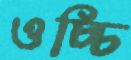
ওচ্চি